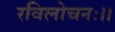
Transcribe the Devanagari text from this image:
रविलोचनः।।